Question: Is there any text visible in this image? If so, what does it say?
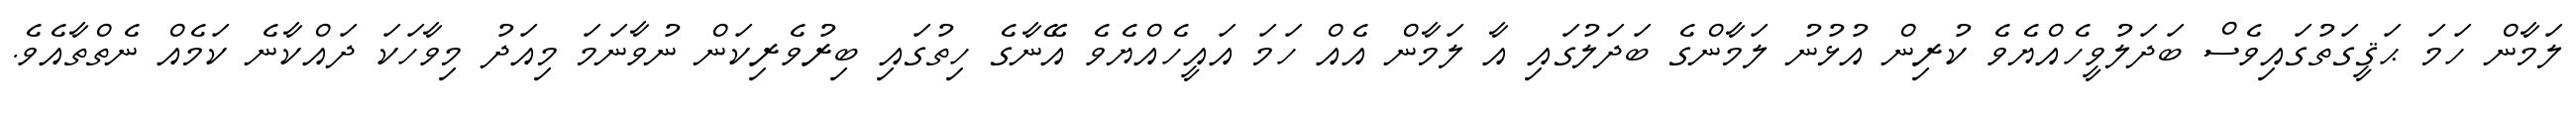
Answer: ލަމާން ހަމަ ޙަޤީގަތުގައިވެސް ބަދަލުވީހެއްޔެވެ ކުރިން އުޅުނު ލަމާންގެ ބަދަލުގައި އާ ލަމާން އެއް ހަމަ އައީހެއްޔެވެ އޭނާގެ ހިތުގައި ބިރުވެރިކަން ނުވާނަމަ މިއަދު މިވާހަކަ ދައްކާނެ ކަމެއް ނެތްތާއެވެ.